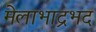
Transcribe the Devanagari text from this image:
मेलाभाद्रभद